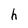
Character: h